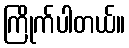
ကြိုက်ပါတယ်။